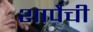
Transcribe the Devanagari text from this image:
शार्पेची